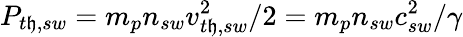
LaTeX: P_{t\mathfrak{h},sw}=m_{p}n_{sw}v_{t\mathfrak{h},sw}^{2}/2=m_{p}n_{sw}c_{sw}^{2}/\gamma